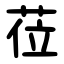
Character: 莅